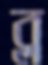
ব্ল